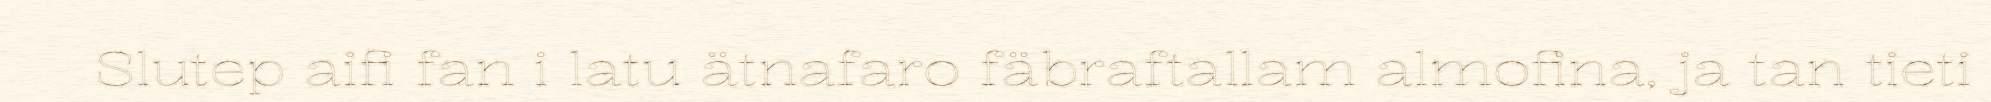
Slutep aifi fan i latu ätnafaro fäbraftallam almofina, ja tan tieti